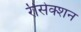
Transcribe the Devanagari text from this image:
रीसेक्शन